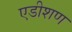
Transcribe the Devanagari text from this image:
एडीशण